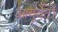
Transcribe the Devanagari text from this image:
आयुर्वेदों